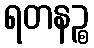
ရတနဉ္စ